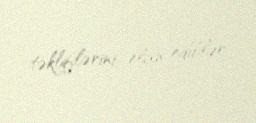
təkliflərini elan ediblər.